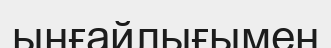
ыңғайлығымен